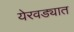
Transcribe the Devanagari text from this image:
येरवड्यात